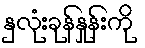
နှလုံးခုန်နှုန်းကို